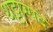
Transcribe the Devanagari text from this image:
थट्टास्पद